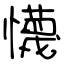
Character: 懱